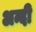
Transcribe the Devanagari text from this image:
अन्दी